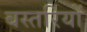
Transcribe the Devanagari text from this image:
बस्तरियों